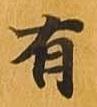
有